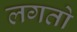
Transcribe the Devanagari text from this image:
लगतो